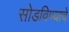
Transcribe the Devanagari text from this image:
सोडविण्याचे